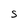
Character: S